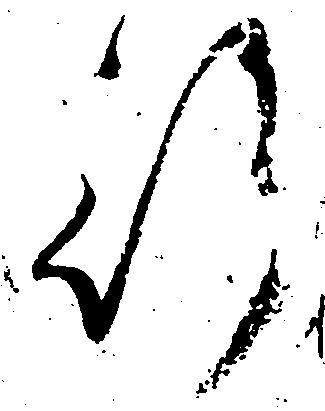
行